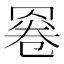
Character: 𱻄